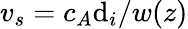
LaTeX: v_{s}=c_{A}\mathrm{d}_{i}/w(z)